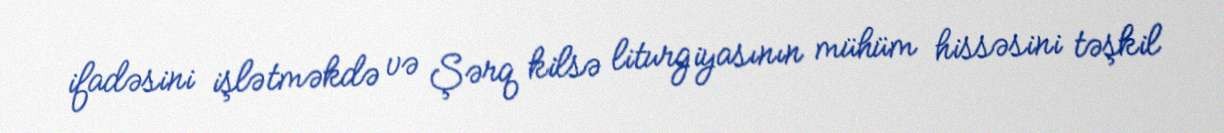
ifadəsini işlətməkdə və Şərq kilsə liturgiyasının mühüm hissəsini təşkil